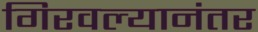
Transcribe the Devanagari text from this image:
गिरवल्यानंतर